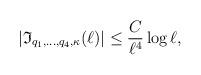
LaTeX: \begin{align*}|\mathfrak{I}_{q_1,\ldots, q_4, \kappa}(\ell)|\leq \frac{C}{\ell^4}\log \ell,\end{align*}